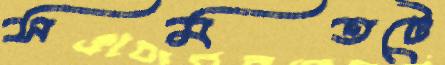
সমতটে